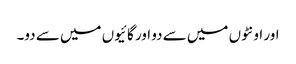
اور اونٹوں میں سے دو اور گائیوں میں سے دو۔